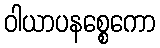
ဝါယာပနစ္စေကော